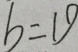
b = 1 9